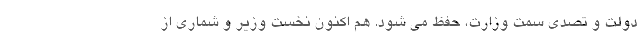
دولت و تصدی سمت وزارت، حفظ می شود. هم اکنون نخست وزیر و شماری از